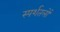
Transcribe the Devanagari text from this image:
स्पर्शतलों